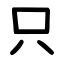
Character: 只